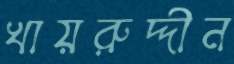
খায়রুদ্দীন